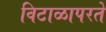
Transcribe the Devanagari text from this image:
विटाळापरते